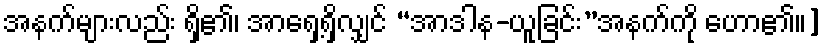
အနက်များလည်း ရှိ၏၊ အာရှေ့ရှိလျှင် “အာဒါန-ယူခြင်း”အနက်ကို ဟော၏။]